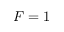
F = 1